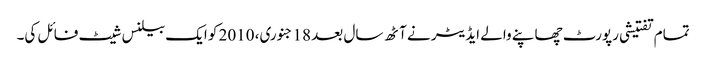
تمام تفتیشی رپورٹ چھاپنے والے ایڈیٹر نے آٹھ سال بعد 18 جنوری، 2010 کو ایک بیلنس شیٹ فائل کی۔